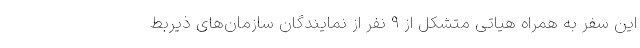
این سفر به همراه هیاتی متشکل از ۹ نفر از نمایندگان سازمان‌های ذیربط